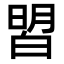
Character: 㿢